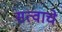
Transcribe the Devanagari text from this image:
सत्वाचे